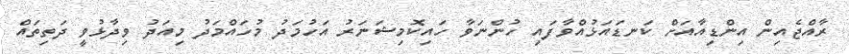
ރާއްޖެއިން އިންޑިއާއަށް ކަނޑައަޅުއްވާފައި ހުންނަވާ ހައިކޮމިޝަނަރު އަހުމަދު މުހައްމަދު މިއަދު ވިދާޅުވީ ދަތިތައް